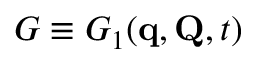
G \equiv G _ { 1 } ( \mathbf { q } , \mathbf { Q } , t )